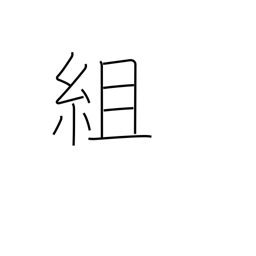
Meaning: construct